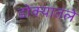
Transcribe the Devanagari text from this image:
डोक्यातले